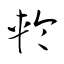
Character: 輪